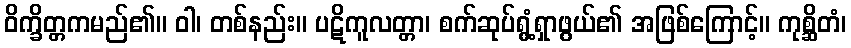
ဝိက္ခိတ္တကမည်၏။ ဝါ၊ တစ်နည်း။ ပဋိကူလတ္တာ၊ စက်ဆုပ်ရွံ့ရှာဖွယ်၏ အဖြစ်ကြောင့်။ ကုစ္ဆိတံ၊